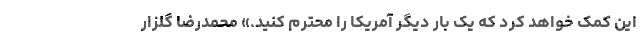
این کمک خواهد کرد که یک بار دیگر آمریکا را محترم کنید.» محمدرضا گلزار